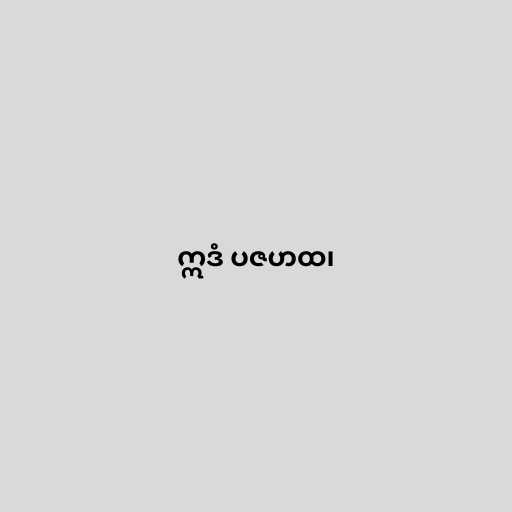
ဣဒံ ပဇဟထ၊